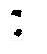
: